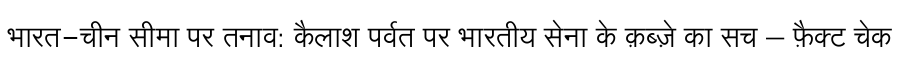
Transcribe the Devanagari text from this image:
भारत-चीन सीमा पर तनाव: कैलाश पर्वत पर भारतीय सेना के क़ब्ज़े का सच – फ़ैक्ट चेक